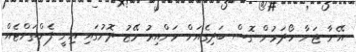
އޭނާ ޖަނާ ހޯދަމުން ގޮސް ބަދިގެއަށް ވަންއިރު މޭޒު ދޮށުގައި އިނީ ފެންތަށްޓެއް